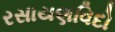
રસાયણવિદો